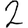
Digit: 2